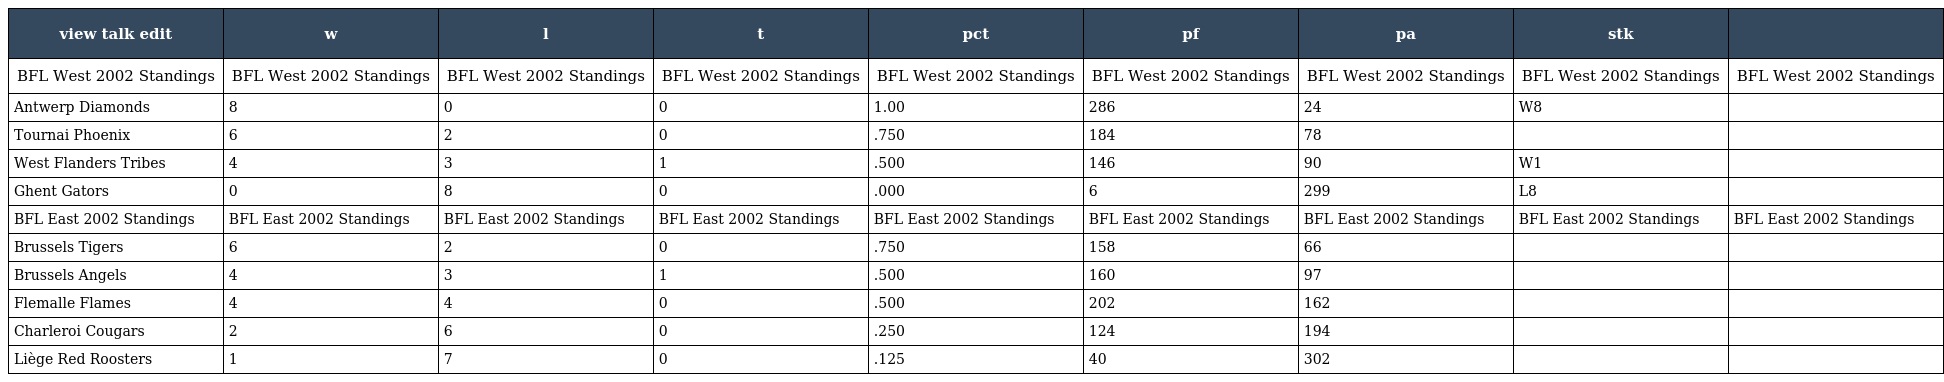
| view talk edit | w | l | t | pct | pf | pa | stk |  |
 | --- | --- | --- | --- | --- | --- | --- | --- | --- |
 | BFL West 2002 Standings | BFL West 2002 Standings | BFL West 2002 Standings | BFL West 2002 Standings | BFL West 2002 Standings | BFL West 2002 Standings | BFL West 2002 Standings | BFL West 2002 Standings | BFL West 2002 Standings |
 | Antwerp Diamonds | 8 | 0 | 0 | 1.00 | 286 | 24 | W8 |  |
 | Tournai Phoenix | 6 | 2 | 0 | .750 | 184 | 78 |  |  |
 | West Flanders Tribes | 4 | 3 | 1 | .500 | 146 | 90 | W1 |  |
 | Ghent Gators | 0 | 8 | 0 | .000 | 6 | 299 | L8 |  |
 | BFL East 2002 Standings | BFL East 2002 Standings | BFL East 2002 Standings | BFL East 2002 Standings | BFL East 2002 Standings | BFL East 2002 Standings | BFL East 2002 Standings | BFL East 2002 Standings | BFL East 2002 Standings |
 | Brussels Tigers | 6 | 2 | 0 | .750 | 158 | 66 |  |  |
 | Brussels Angels | 4 | 3 | 1 | .500 | 160 | 97 |  |  |
 | Flemalle Flames | 4 | 4 | 0 | .500 | 202 | 162 |  |  |
 | Charleroi Cougars | 2 | 6 | 0 | .250 | 124 | 194 |  |  |
 | Liège Red Roosters | 1 | 7 | 0 | .125 | 40 | 302 |  |  |